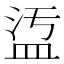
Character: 𥁡